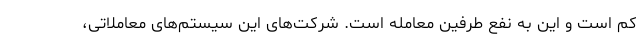
کم است و این به نفع طرفین معامله است. شرکت‌های این سیستم‌های معاملاتی،